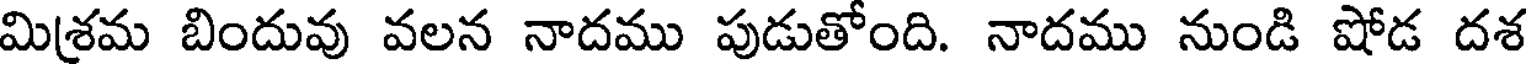
మిశ్రమ బిందువు వలన నాదము పుడుతోంది. నాదము నుండి షోడ దశ